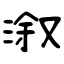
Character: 溆